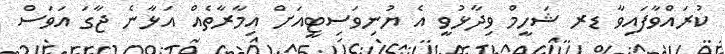
ކުރައްވާފައިވާ ޑރ ޝަހީމް ވިދާޅުވީ އެ ޔުނިވަސިޓީއަށް އިމާރާތެއް އަޅާނެ ޖާގަ އަވަސް